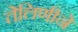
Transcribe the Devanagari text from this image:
तेलिणीने